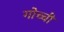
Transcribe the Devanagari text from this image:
गोच्ची